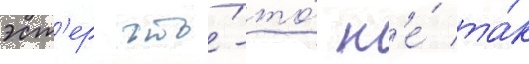
эст'ер что́-то́ н'е́ та́к